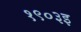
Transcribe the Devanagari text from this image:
१९०३इ